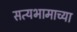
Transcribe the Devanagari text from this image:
सत्यभामाच्या